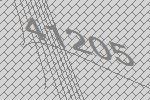
41205